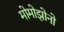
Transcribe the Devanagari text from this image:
मोमोझोनो